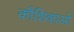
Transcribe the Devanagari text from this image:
कौशिकाओ